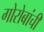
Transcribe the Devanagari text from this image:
गोरोबांची